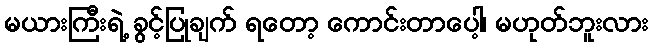
မယားကြီးရဲ့ ခွင့်ပြုချက် ရတော့ ကောင်းတာပေါ့၊ မဟုတ်ဘူးလား